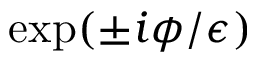
\exp ( \pm i \phi / \epsilon )